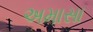
અમાસા